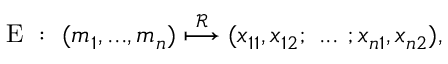
\begin{array} { r } { \mathrm { E } ~ : ~ ( m _ { 1 } , . . . , m _ { n } ) \overset { \mathcal { R } } { \longmapsto } ( x _ { 1 1 } , x _ { 1 2 } ; ~ . . . ~ ; x _ { n 1 } , x _ { n 2 } ) , } \end{array}